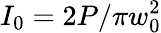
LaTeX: I_{0}=2P/\pi w_{0}^{2}